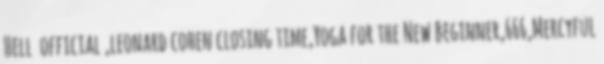
Hell official ,leonard cohen closing time,Yoga for the New Beginner,666,Mercyful